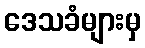
ဒေသခံများမှ